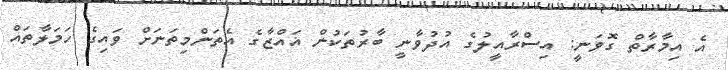
އެ އިމާރާތް ގޮވަނީ: އިސްރާއީލުގެ އުދުވާނީ ބާރުތަކުން ޣައްޒާގެ އެތަންމިތަނަށް ވައިގެ ހަމަލާތައް